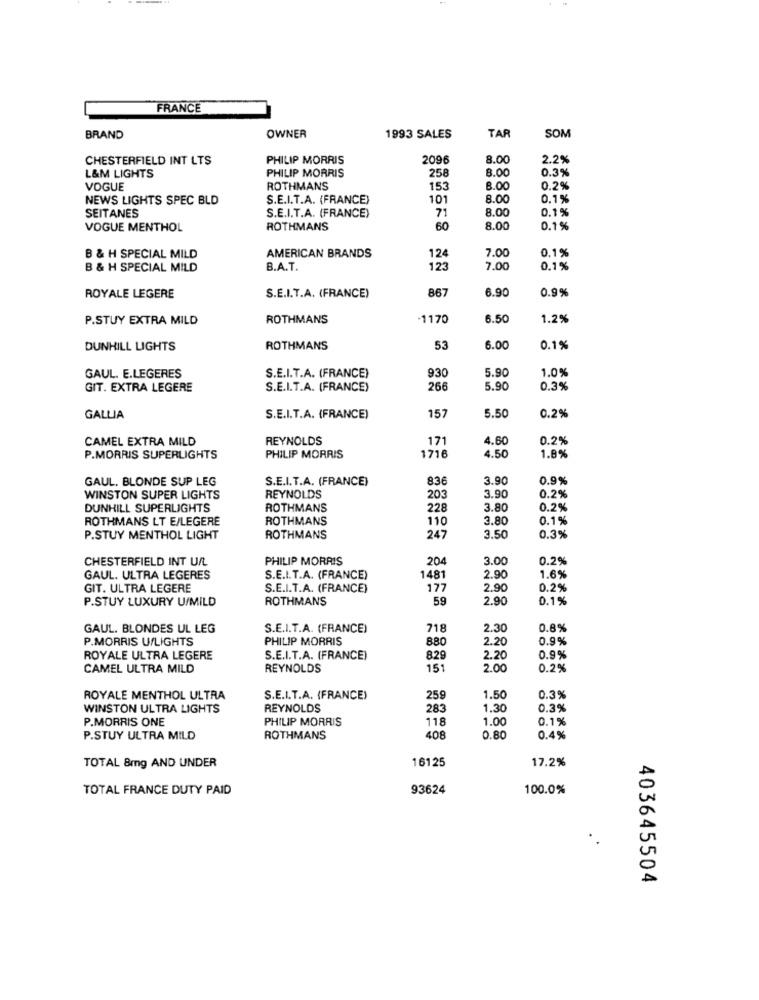
FRANCE
TAR
SOM
BRAND
OWNER
1993 SALES
CHESTERFIELD INT LTS
PHILIP MORRIS
2096
8.00
2.2%
L&M LIGHTS
PHILIP MORRIS
258
8.00
0.3%
VOGUE
ROTHMANS
153
8.00
0.29
NEWS LIGHTS SPEC BLD
S.E.I.T.A. (FRANCE)
101
8.00
0.1%
S.E.I.T.A. (FRANCE)
71
8.00
0.1%
SEITANES
VOGUE MENTHOL
ROTHMANS
60
8.00
0.1 %
0.19
B & H SPECIAL MILD
AMERICAN BRANDS
124
7.0
B & H SPECIAL MILD
B.A.T.
123
7.00
0.1 %
867
6.90
0.9%
ROYALE LEGERE
S.E.I.T.A. (FRANCE)
P.STUY EXTRA MILD
ROTHMANS
-1170
6.50
1.2%
DUNHILL LIGHTS
ROTHMANS
53
6.00
0.1%
S.E.I.T.A. (FRANCE)
930
5.90
1.0%
GAUL. E.LEGERES
GIT. EXTRA LEGERE
S.E.I.T.A. (FRANCE)
266
5.90
0.3%
GALLIA
S.E.I.T.A. (FRANCE)
157
5.50
0.2%
CAMEL EXTRA MILD
REYNOLDS
171
4.60
0.2%
1.8%
P.MORRIS SUPERLIGHTS
PHILIP MORRIS
1716
4.50
GAUL. BLONDE SUP LEG
S.E.I.T.A. (FRANCE)
836
3.90
0.9%
WINSTON SUPER LIGHTS
REYNOLDS
203
3.90
0.2%
DUNHILL SUPERLIGHTS
ROTHMANS
228
3.80
0.2%
ROTHMANS LT E/LEGERE
ROTHMANS
110
3.80
0.1%
P.STUY MENTHOL LIGHT
ROTHMANS
247
3.50
0.3%
CHESTERFIELD INT UIL
PHILIP MORRIS
204
3.00
0.2%
GAUL. ULTRA LEGERES
S.E.I.T.A. (FRANCE)
1481
2.90
1.6%
GIT. ULTRA LEGERE
S.E.I.T.A. (FRANCE)
177
2.90
0.2%
P.STUY LUXURY U/MILD
ROTHMANS
59
2.90
0.1%
GAUL. BLONDES UL LEG
S.E.I.T.A. (FRANCE)
718
2.30
0.8%
P.MORRIS U/LIGHTS
PHILIP MORRIS
880
2.20
0.9%
ROYALE ULTRA LEGERE
S.E.I.T.A. (FRANCE)
8.29
2.20
0.9%
CAMEL ULTRA MILD
REYNOLDS
151
2.00
0.2%
ROYALE MENTHOL ULTRA
S.E.I.T.A. (FRANCE)
259
1.50
0.3%
WINSTON ULTRA LIGHTS
REYNOLDS
283
1.30
0.3%
P.MORRIS ONE
PHILIP MORRIS
118
1.0
0.1%
P.STUY ULTRA MILD
ROTHMANS
408
0.8
0.4%
TOTAL 8mg AND UNDER
16125
17.2%
TOTAL FRANCE DUTY PAID
93624
100.0%
403645504